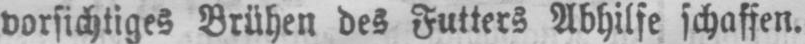
vorsichtiges Brühen des Futters Abhilfe schaffen.